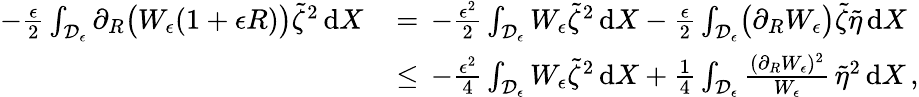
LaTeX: \begin{array}{rl}{-\frac{\epsilon}{2}\int_{\mathcal{D}_{\epsilon}}\partial_{R}\bigl(W_{\epsilon}(1+\epsilon R)\bigr)\tilde{\zeta}^{2}\, \mathrm{d}X\, }&{=\, -\frac{\epsilon^{2}}{2}\int_{\mathcal{D}_{\epsilon}}W_{\epsilon}\tilde{\zeta}^{2}\, \mathrm{d}X-\frac{\epsilon}{2}\int_{\mathcal{D}_{\epsilon}}\bigl(\partial_{R}W_{\epsilon}\bigr)\tilde{\zeta}\tilde{\eta}\, \mathrm{d}X}\\ {\, }&{\le\, -\frac{\epsilon^{2}}{4}\int_{\mathcal{D}_{\epsilon}}W_{\epsilon}\tilde{\zeta}^{2}\, \mathrm{d}X+\frac{1}{4}\int_{\mathcal{D}_{\epsilon}}\frac{(\partial_{R}W_{\epsilon})^{2}}{W_{\epsilon}}\, \tilde{\eta}^{2}\, \mathrm{d}X\, ,}\end{array}